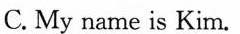
C. My name is Kim.